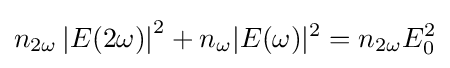
n_{2\omega }\left|E(2\omega )\right|^{2}+n_{\omega }|E(\omega )|^{2}=n_{2\omega }E_{0}^{2}